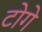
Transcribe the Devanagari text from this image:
टोगे